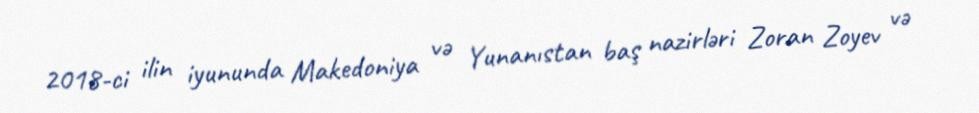
2018-ci ilin iyununda Makedoniya və Yunanıstan baş nazirləri Zoran Zoyev və